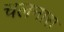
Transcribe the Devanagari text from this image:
चलनास